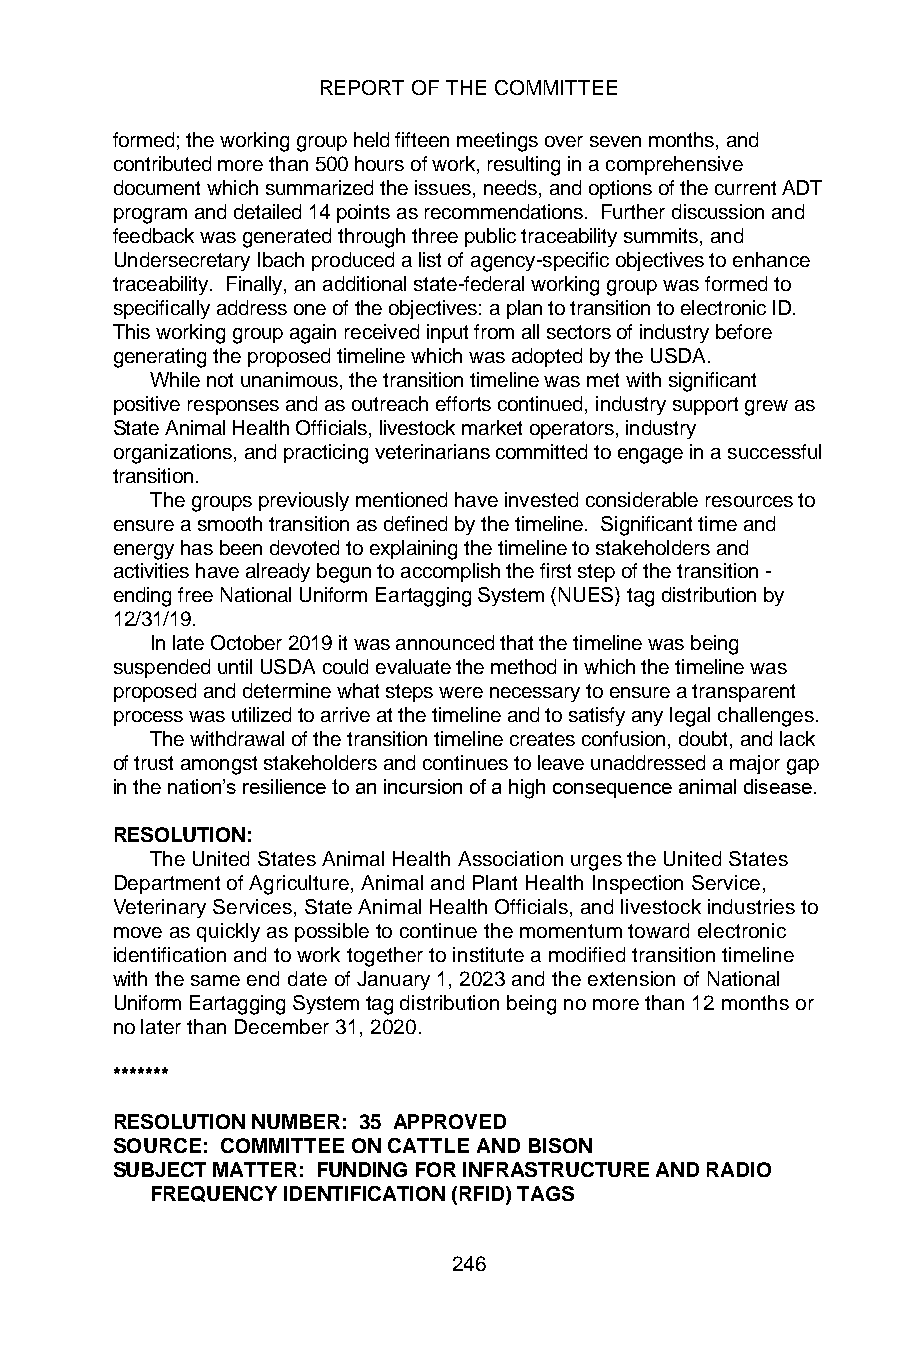
REPORT OF THE COMMITTEE
 formed; the working group held fifteen meetings over seven months, and
 contributed more than 500 hours of work, resulting in a comprehensive
 document which summarized the issues, needs, and options of the current ADT
 program and detailed 14 points as recommendations. Further discussion and
 feedback was generated through three public traceability summits, and
 Undersecretary Ibach produced a list of agency-specific objectives to enhance
 traceability. Finally, an additional state-federal working group was formed to
 specifically address one of the objectives: a plan to transition to electronic ID.
 This working group again received input from all sectors of industry before
 generating the proposed timeline which was adopted by the USDA.
 While not unanimous, the transition timeline was met with significant
 positive responses and as outreach efforts continued, industry support grew as
 State Animal Health Officials, livestock market operators, industry
 organizations, and practicing veterinarians committed to engage in a successful
 transition.
 The groups previously mentioned have invested considerable resources to
 ensure a smooth transition as defined by the timeline. Significant time and
 energy has been devoted to explaining the timeline to stakeholders and
 activities have already begun to accomplish the first step of the transition -
 ending free National Uniform Eartagging System (NUES) tag distribution by
 12/31/19.
 In late October 2019 it was announced that the timeline was being
 suspended until USDA could evaluate the method in which the timeline was
 proposed and determine what steps were necessary to ensure a transparent
 process was utilized to arrive at the timeline and to satisfy any legal challenges.
 The withdrawal of the transition timeline creates confusion, doubt, and lack
 of trust amongst stakeholders and continues to leave unaddressed a major gap
 in the nation’s resilience to an incursion of a high consequence animal disease.
 RESOLUTION:
 The United States Animal Health Association urges the United States
 Department of Agriculture, Animal and Plant Health Inspection Service,
 Veterinary Services, State Animal Health Officials, and livestock industries to
 move as quickly as possible to continue the momentum toward electronic
 identification and to work together to institute a modified transition timeline
 with the same end date of January 1, 2023 and the extension of National
 Uniform Eartagging System tag distribution being no more than 12 months or
 no later than December 31, 2020.
 *******
 RESOLUTION NUMBER: 35 APPROVED
 SOURCE: COMMITTEE ON CATTLE AND BISON
 SUBJECT MATTER: FUNDING FOR INFRASTRUCTURE AND RADIO
 FREQUENCY IDENTIFICATION (RFID) TAGS
 246